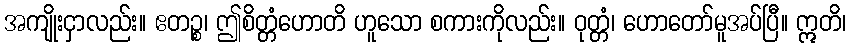
အကျိုးငှာလည်း။ ဧတဉ္စ၊ ဤစိတ္တံဟောတိ ဟူသော စကားကိုလည်း။ ဝုတ္တံ၊ ဟောတော်မူအပ်ပြီ။ ဣတိ၊